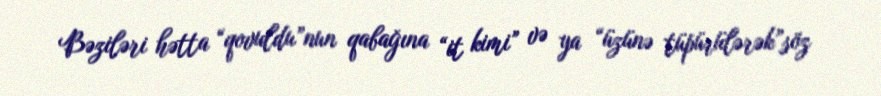
Bəziləri hətta “qovuldu”nun qabağına “it kimi” və ya “üzünə tüpürülərək”söz